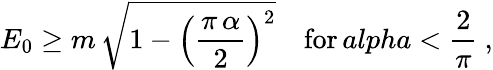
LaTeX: E_{0}\ge m\, \sqrt{1-\left(\frac{\pi\, \alpha}{2}\right)^{2}}\quad\mathrm{for}\, alpha<\frac{2}{\pi}\ ,